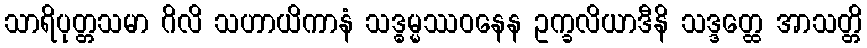
သာရိပုတ္တသမာ ဂိလိ သဟာယိကာနံ သဒ္ဓမ္မဿဝနေန ဥက္ခလိယာဒီနိ သဒ္ဒတ္ထေ အာသတ္တိ